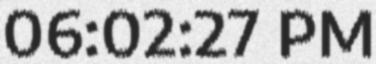
06:02:27 PM